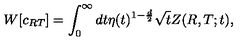
W [ c _ { R T } ] = \int _ { 0 } ^ { \infty } d t \eta ( t ) ^ { 1 - { \frac { d } { 2 } } } \sqrt { t } Z ( R , T ; t ) ,